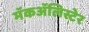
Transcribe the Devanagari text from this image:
मॅकॲलिस्टेर